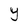
Character: Y